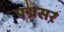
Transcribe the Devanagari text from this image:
पद्मसर